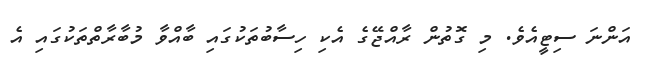
އަންނަ ސިޓީއެވެ. މި ގޮތުން ރާއްޖޭގެ އެކި ހިސާބުތަކުގައި ބާއްވާ މުބާރާތްތަކުގައި އެ